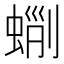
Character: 𧌵